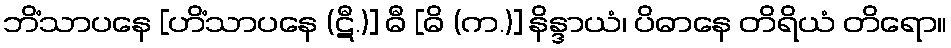
ဘိံသာပနေ [ဟိံသာပနေ (ဋီ.)] ဓီ [ဓိ (က.)] နိန္ဒာယံ၊ ပိဓာနေ တိရိယံ တိရော။